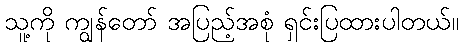
သူ့ကို ကျွန်တော် အပြည့်အစုံ ရှင်းပြထားပါတယ်။